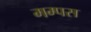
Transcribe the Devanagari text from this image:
मम्पस